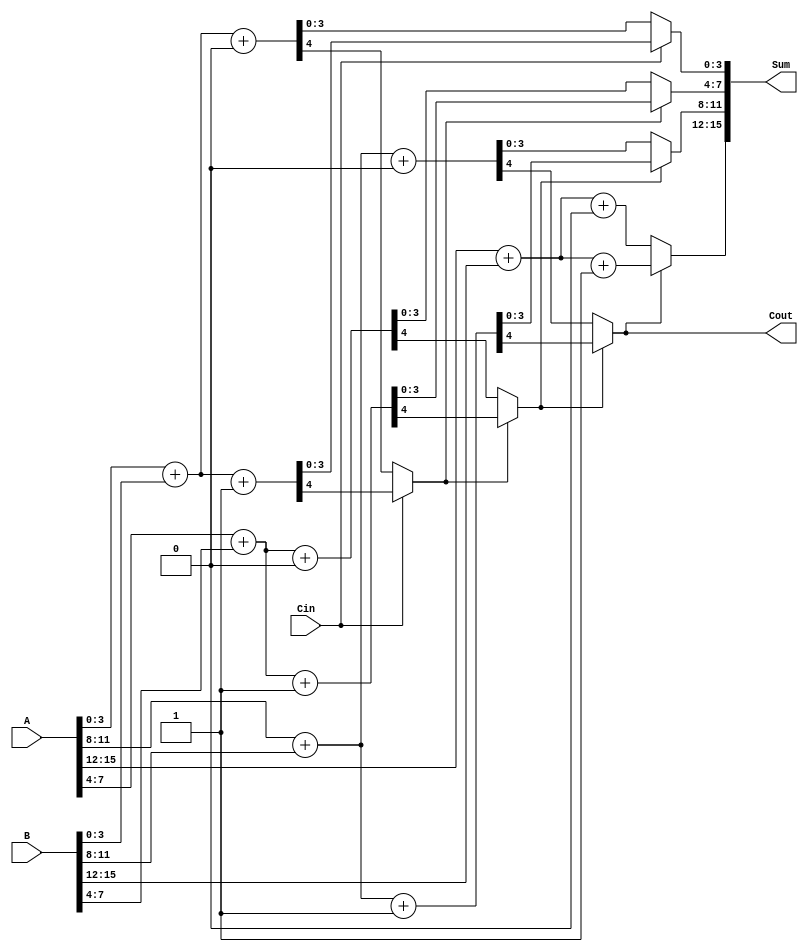
module carry_select_adder #(
    parameter N = 16  // Total bit width
)(
    input [N-1:0] A,
    input [N-1:0] B,
    input Cin,
    output [N-1:0] Sum,
    output Cout
);
    localparam SEGMENT_SIZE = 4;
    localparam NUM_SEGMENTS = N / SEGMENT_SIZE;

    wire [SEGMENT_SIZE-1:0] sum0 [0:NUM_SEGMENTS-1];
    wire [SEGMENT_SIZE-1:0] sum1 [0:NUM_SEGMENTS-1];
    wire [NUM_SEGMENTS-1:0] carry_out;
    wire [NUM_SEGMENTS:0] carry_in;  // Add one extra for final carry out
    
    assign carry_in[0] = Cin;

    genvar i;
    generate
        for (i = 0; i < NUM_SEGMENTS; i = i + 1) begin : segment
            wire [SEGMENT_SIZE-1:0] segment_A = A[(i+1)*SEGMENT_SIZE-1:i*SEGMENT_SIZE];
            wire [SEGMENT_SIZE-1:0] segment_B = B[(i+1)*SEGMENT_SIZE-1:i*SEGMENT_SIZE];

            // Calculate sums and carries for carry-in as 0
            wire [SEGMENT_SIZE-1:0] temp_sum0;
            wire temp_carry0;

            // Generate section for carry-in 0
            assign {temp_carry0, temp_sum0} = segment_A + segment_B + 1'b0; 

            // Calculate sums and carries for carry-in as 1
            wire [SEGMENT_SIZE-1:0] temp_sum1;
            wire temp_carry1;

            // Generate section for carry-in 1
            assign {temp_carry1, temp_sum1} = segment_A + segment_B + 1'b1; 

            // Select the correct sum and carry based on carry_in[i]
            assign sum0[i] = temp_sum0;
            assign sum1[i] = temp_sum1;

            // MUX to select the correct sum and carry
            assign carry_out[i] = carry_in[i];
            assign Sum[(i+1)*SEGMENT_SIZE-1:i*SEGMENT_SIZE] = carry_out[i] ? sum1[i] : sum0[i];

            // Determine carry_in for next segment
            assign carry_in[i + 1] = carry_out[i] ? temp_carry1 : temp_carry0;
        end
    endgenerate
    
    // Final carry-out for the last segment
    assign Cout = carry_out[NUM_SEGMENTS - 1];

endmodule